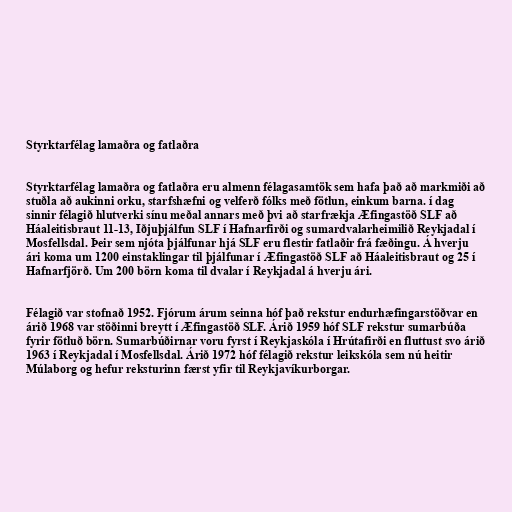
Styrktarfélag lamaðra og fatlaðra

Styrktarfélag lamaðra og fatlaðra eru almenn félagasamtök sem hafa það að markmiði að
stuðla að aukinni orku, starfshæfni og velferð fólks með fötlun, einkum barna. í dag
sinnir félagið hlutverki sínu meðal annars með þvi að starfrækja Æfingastöð SLF að
Háaleitisbraut 11-13, Iðjuþjálfun SLF í Hafnarfirði og sumardvalarheimilið Reykjadal í
Mosfellsdal. Þeir sem njóta þjálfunar hjá SLF eru flestir fatlaðir frá fæðingu. Á hverju
ári koma um 1200 einstaklingar til þjálfunar í Æfingastöð SLF að Háaleitisbraut og 25 í
Hafnarfjörð. Um 200 börn koma til dvalar í Reykjadal á hverju ári.

Félagið var stofnað 1952. Fjórum árum seinna hóf það rekstur endurhæfingarstöðvar en
árið 1968 var stöðinni breytt í Æfingastöð SLF. Árið 1959 hóf SLF rekstur sumarbúða
fyrir fötluð börn. Sumarbúðirnar voru fyrst í Reykjaskóla í Hrútafirði en fluttust svo árið
1963 í Reykjadal í Mosfellsdal. Árið 1972 hóf félagið rekstur leikskóla sem nú heitir
Múlaborg og hefur reksturinn færst yfir til Reykjavíkurborgar.